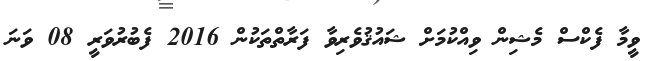
ވީމާ ފެކްސް މެޝިން ވިއްކުމަށް ޝައުޤުވެރިވާ ފަރާތްތަކުން 2016 ފެބުރުވަރީ 08 ވަނަ